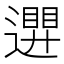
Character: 𮟒